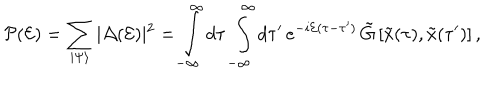
{ \cal P } ( { \cal E } ) = \sum _ { \vert \Psi \rangle } \vert { \cal A } ( { \cal E } ) \vert ^ { 2 } = \int _ { - \infty } ^ { \infty } d \tau \, \int _ { - \infty } ^ { \infty } d \tau ^ { \prime } \, e ^ { - i { \cal E } ( \tau - \tau ^ { \prime } ) } \, { \tilde { G } } \left[ { \tilde { x } } ( \tau ) , { \tilde { x } } ( \tau ^ { \prime } ) \right] ,